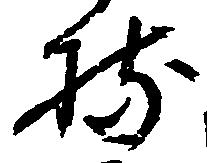
持